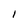
Character: 1